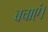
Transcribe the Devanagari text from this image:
बचाएं।